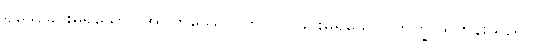
ရိုသေခြင်းမရှိသော။ အပ္ပတိဿော၊ တုပ်ဝပ်ခြင်းမရှိသော။ ဘိက္ခု၊ ရဟန်းသည်။